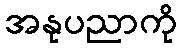
အနုပညာကို